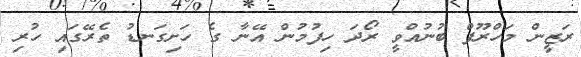
ރަޒީން މަހްރޫފް ބުނުއްވީ ރޯދަ ހިފުމުން އޭނާ ގެ ހަށިގަނޑު ތެރޭގައި ހުރި